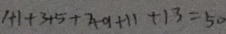
1 + 1 + 3 + 5 + 7 + 9 + 1 1 + 1 3 = 5 0